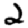
Digit: 2